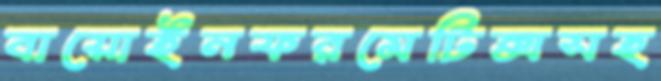
বায়োইনফরমেটিক্সসহ